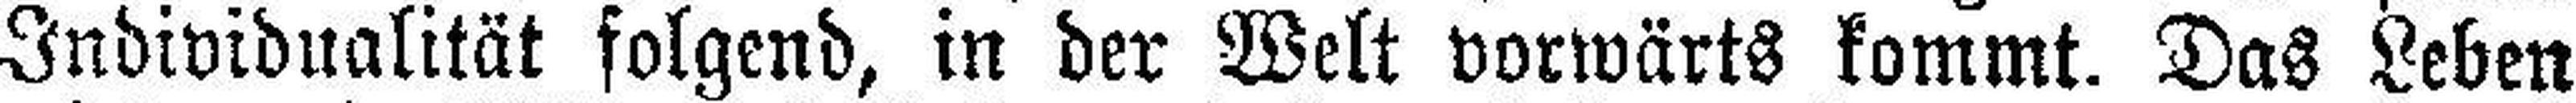
Individualität folgend, in der Welt vorwärts kommt. Das Leben